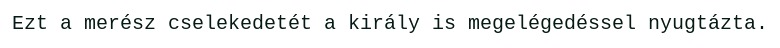
Ezt a merész cselekedetét a király is megelégedéssel nyugtázta.